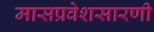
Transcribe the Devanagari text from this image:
मासप्रवेशसारणी